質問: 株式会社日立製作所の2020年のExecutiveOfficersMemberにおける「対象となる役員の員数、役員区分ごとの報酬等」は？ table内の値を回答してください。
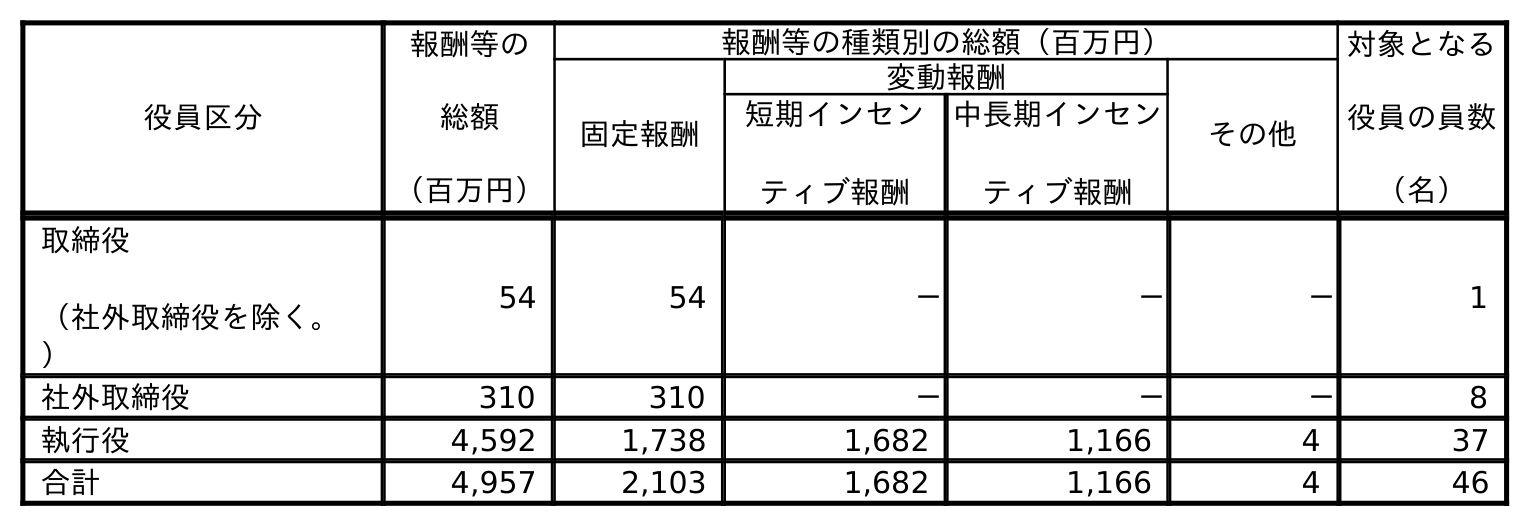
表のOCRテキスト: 役員区分 報酬等の 総額 （百万円） 報酬等の種類別の総額（百万円） 対象となる 役員の員数 （名） 固定報酬 変動報酬 その他 短期インセン ティブ報酬 中長期インセン ティブ報酬 取締役 （社外取締役を除く。 ） 54 54 － － － 1 社外取締役 310 310 － － － 8 執行役 4,592 1,738 1,682 1,166 4 37 合計 4,957 2,103 1,682 1,166 4 46
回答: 37